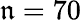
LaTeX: \mathfrak{n}=70